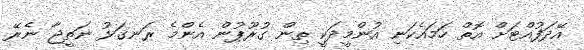
އޭދަފުއްޓަށް އޮތް ހަމައެކަނި އުންމީދަކީ ތިން ގުރޫޕުން އެންމެ ރަނގަޅު ނަތީޖާ ނެރޭ